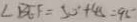
\angle B E F = 5 0 ^ { \circ } + 4 5 = 9 5 ^ { \circ }